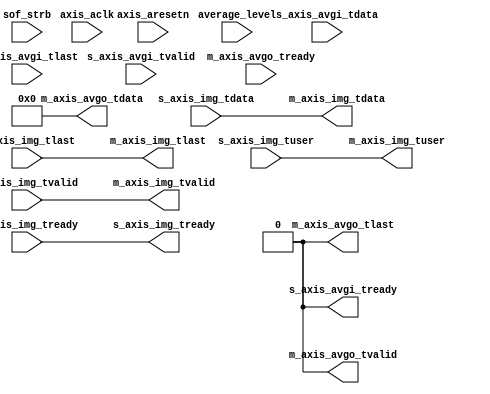
// This program was cloned from: https://github.com/OVGN/OpenIRV
// License: Apache License 2.0

/* 
 * ----------------------------------------------------------------------------
 *  Project:  OpenIRV
 *  Purpose:  AXI4-Stream frame averaging module. Averaging buffer can be
 *            located in any external memory.
 * ----------------------------------------------------------------------------
 *  Copyright  2020-2021, Vaagn Oganesyan <ovgn@protonmail.com>
 *  
 *  Licensed under the Apache License, Version 2.0 (the "License");
 *  you may not use this file except in compliance with the License.
 *  You may obtain a copy of the License at
 *  
 *      http://www.apache.org/licenses/LICENSE-2.0
 *  
 *  Unless required by applicable law or agreed to in writing, software
 *  distributed under the License is distributed on an "AS IS" BASIS,
 *  WITHOUT WARRANTIES OR CONDITIONS OF ANY KIND, either express or implied.
 *  See the License for the specific language governing permissions and
 * ----------------------------------------------------------------------------
 */


`default_nettype none
`timescale 1ps / 1ps


module axis_frame_averager #
(
    parameter   AVERAGER_BYPASS = 1
)
(
    (* X_INTERFACE_PARAMETER = "XIL_INTERFACENAME RSTIF, POLARITY ACTIVE_LOW" *)
    (* X_INTERFACE_INFO = "xilinx.com:signal:reset:1.0 RSTIF RST" *)
    input   wire            axis_aresetn,
    
    (* X_INTERFACE_PARAMETER = "XIL_INTERFACENAME CLKIF, ASSOCIATED_BUSIF S_AXIS_AVGI:M_AXIS_AVGO:S_AXIS_IMG:M_AXIS_IMG, ASSOCIATED_RESET axis_aresetn" *)
    (* X_INTERFACE_INFO = "xilinx.com:signal:clock:1.0 CLKIF CLK" *)
    input   wire            axis_aclk,
    
    input   wire    [2:0]   average_level,
    input   wire            sof_strb,
    
    (* X_INTERFACE_PARAMETER = "XIL_INTERFACENAME S_AXIS_AVGI, TDATA_NUM_BYTES 4, TDEST_WIDTH 0, TID_WIDTH 0, TUSER_WIDTH 0, HAS_TREADY 1, HAS_TSTRB 0, HAS_TKEEP 0, HAS_TLAST 1" *)
    (* X_INTERFACE_INFO = "xilinx.com:interface:axis:1.0 S_AXIS_AVGI TDATA"  *) input   wire    [31:0]  s_axis_avgi_tdata,
    (* X_INTERFACE_INFO = "xilinx.com:interface:axis:1.0 S_AXIS_AVGI TVALID" *) input   wire            s_axis_avgi_tvalid,
    (* X_INTERFACE_INFO = "xilinx.com:interface:axis:1.0 S_AXIS_AVGI TREADY" *) output  wire            s_axis_avgi_tready,
    (* X_INTERFACE_INFO = "xilinx.com:interface:axis:1.0 S_AXIS_AVGI TLAST"  *) input   wire            s_axis_avgi_tlast,
    
    (* X_INTERFACE_PARAMETER = "XIL_INTERFACENAME M_AXIS_AVGO, TDATA_NUM_BYTES 4, TDEST_WIDTH 0, TID_WIDTH 0, TUSER_WIDTH 0, HAS_TREADY 1, HAS_TSTRB 0, HAS_TKEEP 0, HAS_TLAST 1" *)
    (* X_INTERFACE_INFO = "xilinx.com:interface:axis:1.0 M_AXIS_AVGO TDATA"  *) output  wire    [31:0]  m_axis_avgo_tdata,
    (* X_INTERFACE_INFO = "xilinx.com:interface:axis:1.0 M_AXIS_AVGO TVALID" *) output  wire            m_axis_avgo_tvalid,
    (* X_INTERFACE_INFO = "xilinx.com:interface:axis:1.0 M_AXIS_AVGO TREADY" *) input   wire            m_axis_avgo_tready,
    (* X_INTERFACE_INFO = "xilinx.com:interface:axis:1.0 M_AXIS_AVGO TLAST"  *) output  wire            m_axis_avgo_tlast,
    
    (* X_INTERFACE_PARAMETER = "XIL_INTERFACENAME S_AXIS_IMG, TDATA_NUM_BYTES 4, TDEST_WIDTH 0, TID_WIDTH 0, TUSER_WIDTH 1, HAS_TREADY 1, HAS_TSTRB 0, HAS_TKEEP 0, HAS_TLAST 1" *)
    (* X_INTERFACE_INFO = "xilinx.com:interface:axis:1.0 S_AXIS_IMG TDATA"  *)  input   wire    [31:0]  s_axis_img_tdata,
    (* X_INTERFACE_INFO = "xilinx.com:interface:axis:1.0 S_AXIS_IMG TVALID" *)  input   wire            s_axis_img_tvalid,
    (* X_INTERFACE_INFO = "xilinx.com:interface:axis:1.0 S_AXIS_IMG TREADY" *)  output  wire            s_axis_img_tready,
    (* X_INTERFACE_INFO = "xilinx.com:interface:axis:1.0 S_AXIS_IMG TLAST"  *)  input   wire            s_axis_img_tlast,
    (* X_INTERFACE_INFO = "xilinx.com:interface:axis:1.0 S_AXIS_IMG TUSER"  *)  input   wire            s_axis_img_tuser,
    
    (* X_INTERFACE_PARAMETER = "XIL_INTERFACENAME M_AXIS_IMG, TDATA_NUM_BYTES 4, TDEST_WIDTH 0, TID_WIDTH 0, TUSER_WIDTH 1, HAS_TREADY 1, HAS_TSTRB 0, HAS_TKEEP 0, HAS_TLAST 1" *)
    (* X_INTERFACE_INFO = "xilinx.com:interface:axis:1.0 M_AXIS_IMG TDATA"  *)  output  wire    [31:0]  m_axis_img_tdata,
    (* X_INTERFACE_INFO = "xilinx.com:interface:axis:1.0 M_AXIS_IMG TVALID" *)  output  wire            m_axis_img_tvalid,
    (* X_INTERFACE_INFO = "xilinx.com:interface:axis:1.0 M_AXIS_IMG TREADY" *)  input   wire            m_axis_img_tready,
    (* X_INTERFACE_INFO = "xilinx.com:interface:axis:1.0 M_AXIS_IMG TLAST"  *)  output  wire            m_axis_img_tlast,
    (* X_INTERFACE_INFO = "xilinx.com:interface:axis:1.0 M_AXIS_IMG TUSER"  *)  output  wire            m_axis_img_tuser
);
    
    localparam  DSP_PIPE_DELAY = 4;
    
/*-------------------------------------------------------------------------------------------------------------------------------------*/
    
    generate
    if (AVERAGER_BYPASS == 0) begin
        
        reg                 avg_pix_tvalid  = 1'b0;
        reg         [6:0]   avg_frame_cnt   = 7'd0;
        reg         [6:0]   avg_ref_value   = 7'd0;
        reg         [2:0]   average_level_1 = 3'd0;
        
        reg         [31:0]  dsp_C_mask = {32{1'b0}};
        
        always @(posedge axis_aclk) begin
            if (~axis_aresetn) begin
                avg_pix_tvalid <= 1'b0;
                dsp_C_mask <= {32{1'b0}};
            end else begin
                if (sof_strb) begin
                    if (average_level_1 != 3'd0) begin
                        if (avg_frame_cnt == 7'd0) begin
                            avg_pix_tvalid  <= 1'b0;
                            avg_frame_cnt   <= avg_frame_cnt + 1'b1;
                            average_level_1 <= average_level;
                            dsp_C_mask      <= {32{1'b0}};
                        end else begin
                            if (avg_frame_cnt == avg_ref_value) begin
                                avg_pix_tvalid <= 1'b1;
                                avg_frame_cnt  <= 7'd0;
                            end else begin
                                avg_pix_tvalid <= 1'b0;
                                avg_frame_cnt  <= avg_frame_cnt + 1'b1;
                            end
                            
                            dsp_C_mask <= {32{1'b1}};
                        end
                    end else begin
                        average_level_1 <= average_level;
                        avg_pix_tvalid  <= 1'b1;
                        avg_frame_cnt   <= 7'd0;
                        dsp_C_mask      <= {32{1'b0}};
                    end
                end
            end
        end

/*-------------------------------------------------------------------------------------------------------------------------------------*/

        wire    [15:0]  m_axis_wcd_tdata;
        wire            m_axis_wcd_tvalid;
        wire            m_axis_wcd_tready;
        wire            m_axis_wcd_tlast;
        wire    [1:0]   m_axis_wcd_tuser;


        AXIS_WC_4_TO_2 AXIS_WC_4_TO_2_inst
        (
            .aclk           ( axis_aclk                  ),     // input wire aclk
            .aresetn        ( axis_aresetn               ),     // input wire aresetn
            
            .s_axis_tvalid  ( s_axis_img_tvalid          ),     // input wire s_axis_tvalid
            .s_axis_tready  ( s_axis_img_tready          ),     // output wire s_axis_tready
            .s_axis_tdata   ( s_axis_img_tdata           ),     // input wire [31 : 0] s_axis_tdata
            .s_axis_tlast   ( s_axis_img_tlast           ),     // input wire s_axis_tlast
            .s_axis_tuser   ( {s_axis_img_tuser, 3'b000} ),     // input wire [3 : 0] s_axis_tuser
            
            .m_axis_tvalid  ( m_axis_wcd_tvalid          ),     // output wire m_axis_tvalid
            .m_axis_tready  ( m_axis_wcd_tready          ),     // input wire m_axis_tready
            .m_axis_tdata   ( m_axis_wcd_tdata           ),     // output wire [15 : 0] m_axis_tdata
            .m_axis_tlast   ( m_axis_wcd_tlast           ),     // output wire m_axis_tlast
            .m_axis_tuser   ( m_axis_wcd_tuser           )      // output wire [1 : 0] m_axis_tuser
        );

/*-------------------------------------------------------------------------------------------------------------------------------------*/
        
        wire    [47:0]  dsp_P_tdata;
        wire            dsp_P_tvalid;
        wire            dsp_P_tready;
        wire            dsp_P_tlast;
        wire            dsp_P_tuser;
        
        
        /* P = (D-A)*B+C */
        axis_dsp_linear_func #
        (
            .TUSER_WIDTH(1)
        )
        axis_dsp_linear_func_inst
        (
            .axis_aclk              ( axis_aclk           ),
            .axis_aresetn           ( axis_aresetn        ),
            .dsp_func_sel           ( 1'b0                ),    // (D-A)*B+C
            
            .dsp_D_s_axis_tdata     ({{4{1'b0}}, m_axis_wcd_tdata[13:0]}),
            .dsp_D_s_axis_tvalid    ( m_axis_wcd_tvalid   ),
            .dsp_D_s_axis_tready    ( m_axis_wcd_tready   ),
            .dsp_D_s_axis_tlast     ( m_axis_wcd_tlast    ),
            .dsp_D_s_axis_tuser     ( m_axis_wcd_tuser[1] ),
            
            .dsp_A_s_axis_tdata     ( 18'd0               ),
            .dsp_A_s_axis_tvalid    ( 1'b1                ),
            .dsp_A_s_axis_tready    ( /*------NC------*/  ),
            .dsp_A_s_axis_tlast     ( 1'b1                ),
            .dsp_A_s_axis_tuser     ( 1'b0                ),
            
            .dsp_B_s_axis_tdata     ( 18'd1               ),
            .dsp_B_s_axis_tvalid    ( 1'b1                ),
            .dsp_B_s_axis_tready    ( /*------NC------*/  ),
            .dsp_B_s_axis_tlast     ( 1'b1                ),
            .dsp_B_s_axis_tuser     ( 1'b0                ),
            
            .dsp_C_s_axis_tdata     ( {{16{1'b0}}, s_axis_avgi_tdata & dsp_C_mask}),
            .dsp_C_s_axis_tvalid    ( s_axis_avgi_tvalid  ),
            .dsp_C_s_axis_tready    ( s_axis_avgi_tready  ),
            .dsp_C_s_axis_tlast     ( s_axis_avgi_tlast   ),
            .dsp_C_s_axis_tuser     ( 1'b0                ),
            
            .dsp_P_m_axis_tdata     ( dsp_P_tdata         ),
            .dsp_P_m_axis_tvalid    ( dsp_P_tvalid        ),
            .dsp_P_m_axis_tready    ( dsp_P_tready        ),
            .dsp_P_m_axis_tlast     ( dsp_P_tlast         ),
            .dsp_P_m_axis_tuser     ( dsp_P_tuser         )
        );
    
/*-------------------------------------------------------------------------------------------------------------------------------------*/
    
        wire    [31:0]  m0_axis_tdata;
        wire            m0_axis_tvalid;
        wire            m0_axis_tready;
        wire            m0_axis_tlast;
        wire            m0_axis_tuser;
        
        wire    [31:0]  m1_axis_tdata;
        wire            m1_axis_tvalid;
        wire            m1_axis_tready;
        wire            m1_axis_tlast;
        
        
        axis_2w_splitter #
        (
            .AXIS_TDATA_WIDTH (32),
            .AXIS_TUSER_WIDTH (1)
        )
        axis_2w_splitter_inst
        (
            .axis_aclk          ( axis_aclk         ),
            .axis_aresetn       ( axis_aresetn      ),
            
            .s_axis_tdata       ( dsp_P_tdata[31:0] ),
            .s_axis_tvalid      ( dsp_P_tvalid      ),
            .s_axis_tready      ( dsp_P_tready      ),
            .s_axis_tlast       ( dsp_P_tlast       ),
            .s_axis_tuser       ( dsp_P_tuser       ),
            
            .m_axis_0_tdata     ( m0_axis_tdata     ),
            .m_axis_0_tvalid    ( m0_axis_tvalid    ),
            .m_axis_0_tready    ( m0_axis_tready    ),
            .m_axis_0_tlast     ( m0_axis_tlast     ),
            .m_axis_0_tuser     ( m0_axis_tuser     ),
            
            .m_axis_1_tdata     ( m1_axis_tdata     ),
            .m_axis_1_tvalid    ( m1_axis_tvalid    ),
            .m_axis_1_tready    ( m1_axis_tready    ),
            .m_axis_1_tlast     ( m1_axis_tlast     ),
            .m_axis_1_tuser     ( /*-----NC-----*/  )
        );
    
/*-------------------------------------------------------------------------------------------------------------------------------------*/

        reg     [13:0]  avg_result;
        
        
        always @(*) begin
            case (average_level_1)
                /* No averaging */
                3'd0: begin
                    avg_ref_value = 7'd0;
                    avg_result = m0_axis_tdata[13:0];
                end
                
                /* 2x averaging */
                3'd1: begin
                    avg_ref_value = 7'd1;
                    avg_result = m0_axis_tdata[14:1];
                end
                
                /* 4x averaging */
                3'd2: begin
                    avg_ref_value = 7'd3;
                    avg_result = m0_axis_tdata[15:2];
                end
                
                /* 8x averaging */
                3'd3: begin
                    avg_ref_value = 7'd7;
                    avg_result = m0_axis_tdata[16:3];
                end
                
                /* 16x averaging */
                3'd4: begin
                    avg_ref_value = 7'd15;
                    avg_result = m0_axis_tdata[17:4];
                end
                
                /* 32x averaging */
                3'd5: begin
                    avg_ref_value = 7'd31;
                    avg_result = m0_axis_tdata[18:5];
                end
                
                /* 64x averaging */
                3'd6: begin
                    avg_ref_value = 7'd63;
                    avg_result = m0_axis_tdata[19:6];
                end
                
                /* 128x averaging */
                3'd7: begin
                    avg_ref_value = 7'd127;
                    avg_result = m0_axis_tdata[20:7];
                end
            endcase
        end

/*-------------------------------------------------------------------------------------------------------------------------------------*/
        
        wire    [31:0]  m_axis_wcu_tdata;
        wire            m_axis_wcu_tvalid;
        wire            m_axis_wcu_tready;
        wire            m_axis_wcu_tlast;
        wire    [3:0]   m_axis_wcu_tuser;
        
        
        AXIS_WC_2_TO_4 AXIS_WC_2_TO_4_inst
        (
            .aclk           ( axis_aclk                       ),    // input wire aclk
            .aresetn        ( axis_aresetn                    ),    // input wire aresetn
            
            .s_axis_tvalid  ( m0_axis_tvalid & avg_pix_tvalid ),    // input wire s_axis_tvalid
            .s_axis_tready  ( m0_axis_tready                  ),    // output wire s_axis_tready
            .s_axis_tdata   ( {{2{1'b0}}, avg_result}         ),    // input wire [15 : 0] s_axis_tdata
            .s_axis_tlast   ( m0_axis_tlast                   ),    // input wire s_axis_tlast
            .s_axis_tuser   ( {m0_axis_tuser, 1'b0}           ),    // input wire [1 : 0] s_axis_tuser
            
            .m_axis_tvalid  ( m_axis_wcu_tvalid               ),    // output wire m_axis_tvalid
            .m_axis_tready  ( m_axis_wcu_tready               ),    // input wire m_axis_tready
            .m_axis_tdata   ( m_axis_wcu_tdata                ),    // output wire [31 : 0] m_axis_tdata
            .m_axis_tkeep   ( /*------------NC------------*/  ),    // output wire [3 : 0] m_axis_tkeep
            .m_axis_tlast   ( m_axis_wcu_tlast                ),    // output wire m_axis_tlast
            .m_axis_tuser   ( m_axis_wcu_tuser                )     // output wire [3 : 0] m_axis_tuser
        );
        
/*-------------------------------------------------------------------------------------------------------------------------------------*/
        
        assign m_axis_img_tdata   = m_axis_wcu_tdata;
        assign m_axis_img_tvalid  = m_axis_wcu_tvalid;
        assign m_axis_img_tlast   = m_axis_wcu_tlast;
        assign m_axis_img_tuser   = m_axis_wcu_tuser[3];
        assign m_axis_wcu_tready  = m_axis_img_tready;
        
        assign m_axis_avgo_tdata  = m1_axis_tdata;
        assign m_axis_avgo_tvalid = m1_axis_tvalid;
        assign m_axis_avgo_tlast  = m1_axis_tlast;
        assign m1_axis_tready     = m_axis_avgo_tready;
        
    end else begin
        
        assign s_axis_avgi_tready = 1'b0;
        
        assign m_axis_avgo_tdata  = {32{1'b0}};
        assign m_axis_avgo_tvalid = 1'b0;
        assign m_axis_avgo_tlast  = 1'b0;
        
        assign m_axis_img_tdata   = s_axis_img_tdata;
        assign m_axis_img_tvalid  = s_axis_img_tvalid;
        assign m_axis_img_tlast   = s_axis_img_tlast;
        assign m_axis_img_tuser   = s_axis_img_tuser;
        assign s_axis_img_tready  = m_axis_img_tready;
        
    end
    endgenerate
    
endmodule

/*-------------------------------------------------------------------------------------------------------------------------------------*/

`default_nettype wire